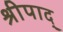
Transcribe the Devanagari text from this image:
श्रीपाद्